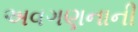
અવગણનાની